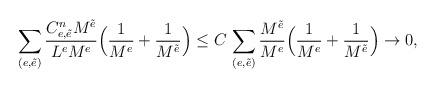
LaTeX: \begin{align*}\sum_{(e,\tilde{e})}\frac{C^n_{e,\tilde{e}}M^{\tilde{e}}}{L^eM^e}\Big(\frac{1}{M^e}+\frac{1}{M^{\tilde{e}}}\Big)\leq C\,\sum_{(e,\tilde{e})}\frac{M^{\tilde{e}}}{M^e}\Big(\frac{1}{M^e}+\frac{1}{M^{\tilde{e}}}\Big)\to 0, \end{align*}